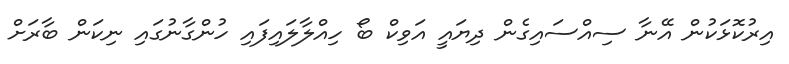
އިރުކޮޅަކުން އޭނާ ސިއްސައިގެން ދިޔައީ އަވިކް ބޯ ހިއްލާލައިފައި ހުންގާނުގައި ނިކަން ބާރަށް